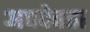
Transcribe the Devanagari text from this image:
अपदेवता